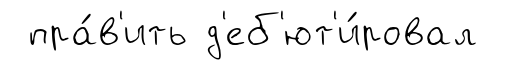
пра́в'ить д'еб'ют'и́ровал